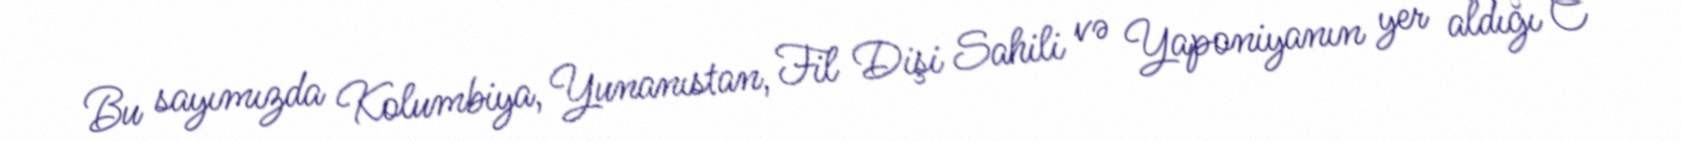
Bu sayımızda Kolumbiya, Yunanıstan, Fil Dişi Sahili və Yaponiyanın yer aldığı C